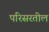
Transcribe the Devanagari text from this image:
परिसरतील